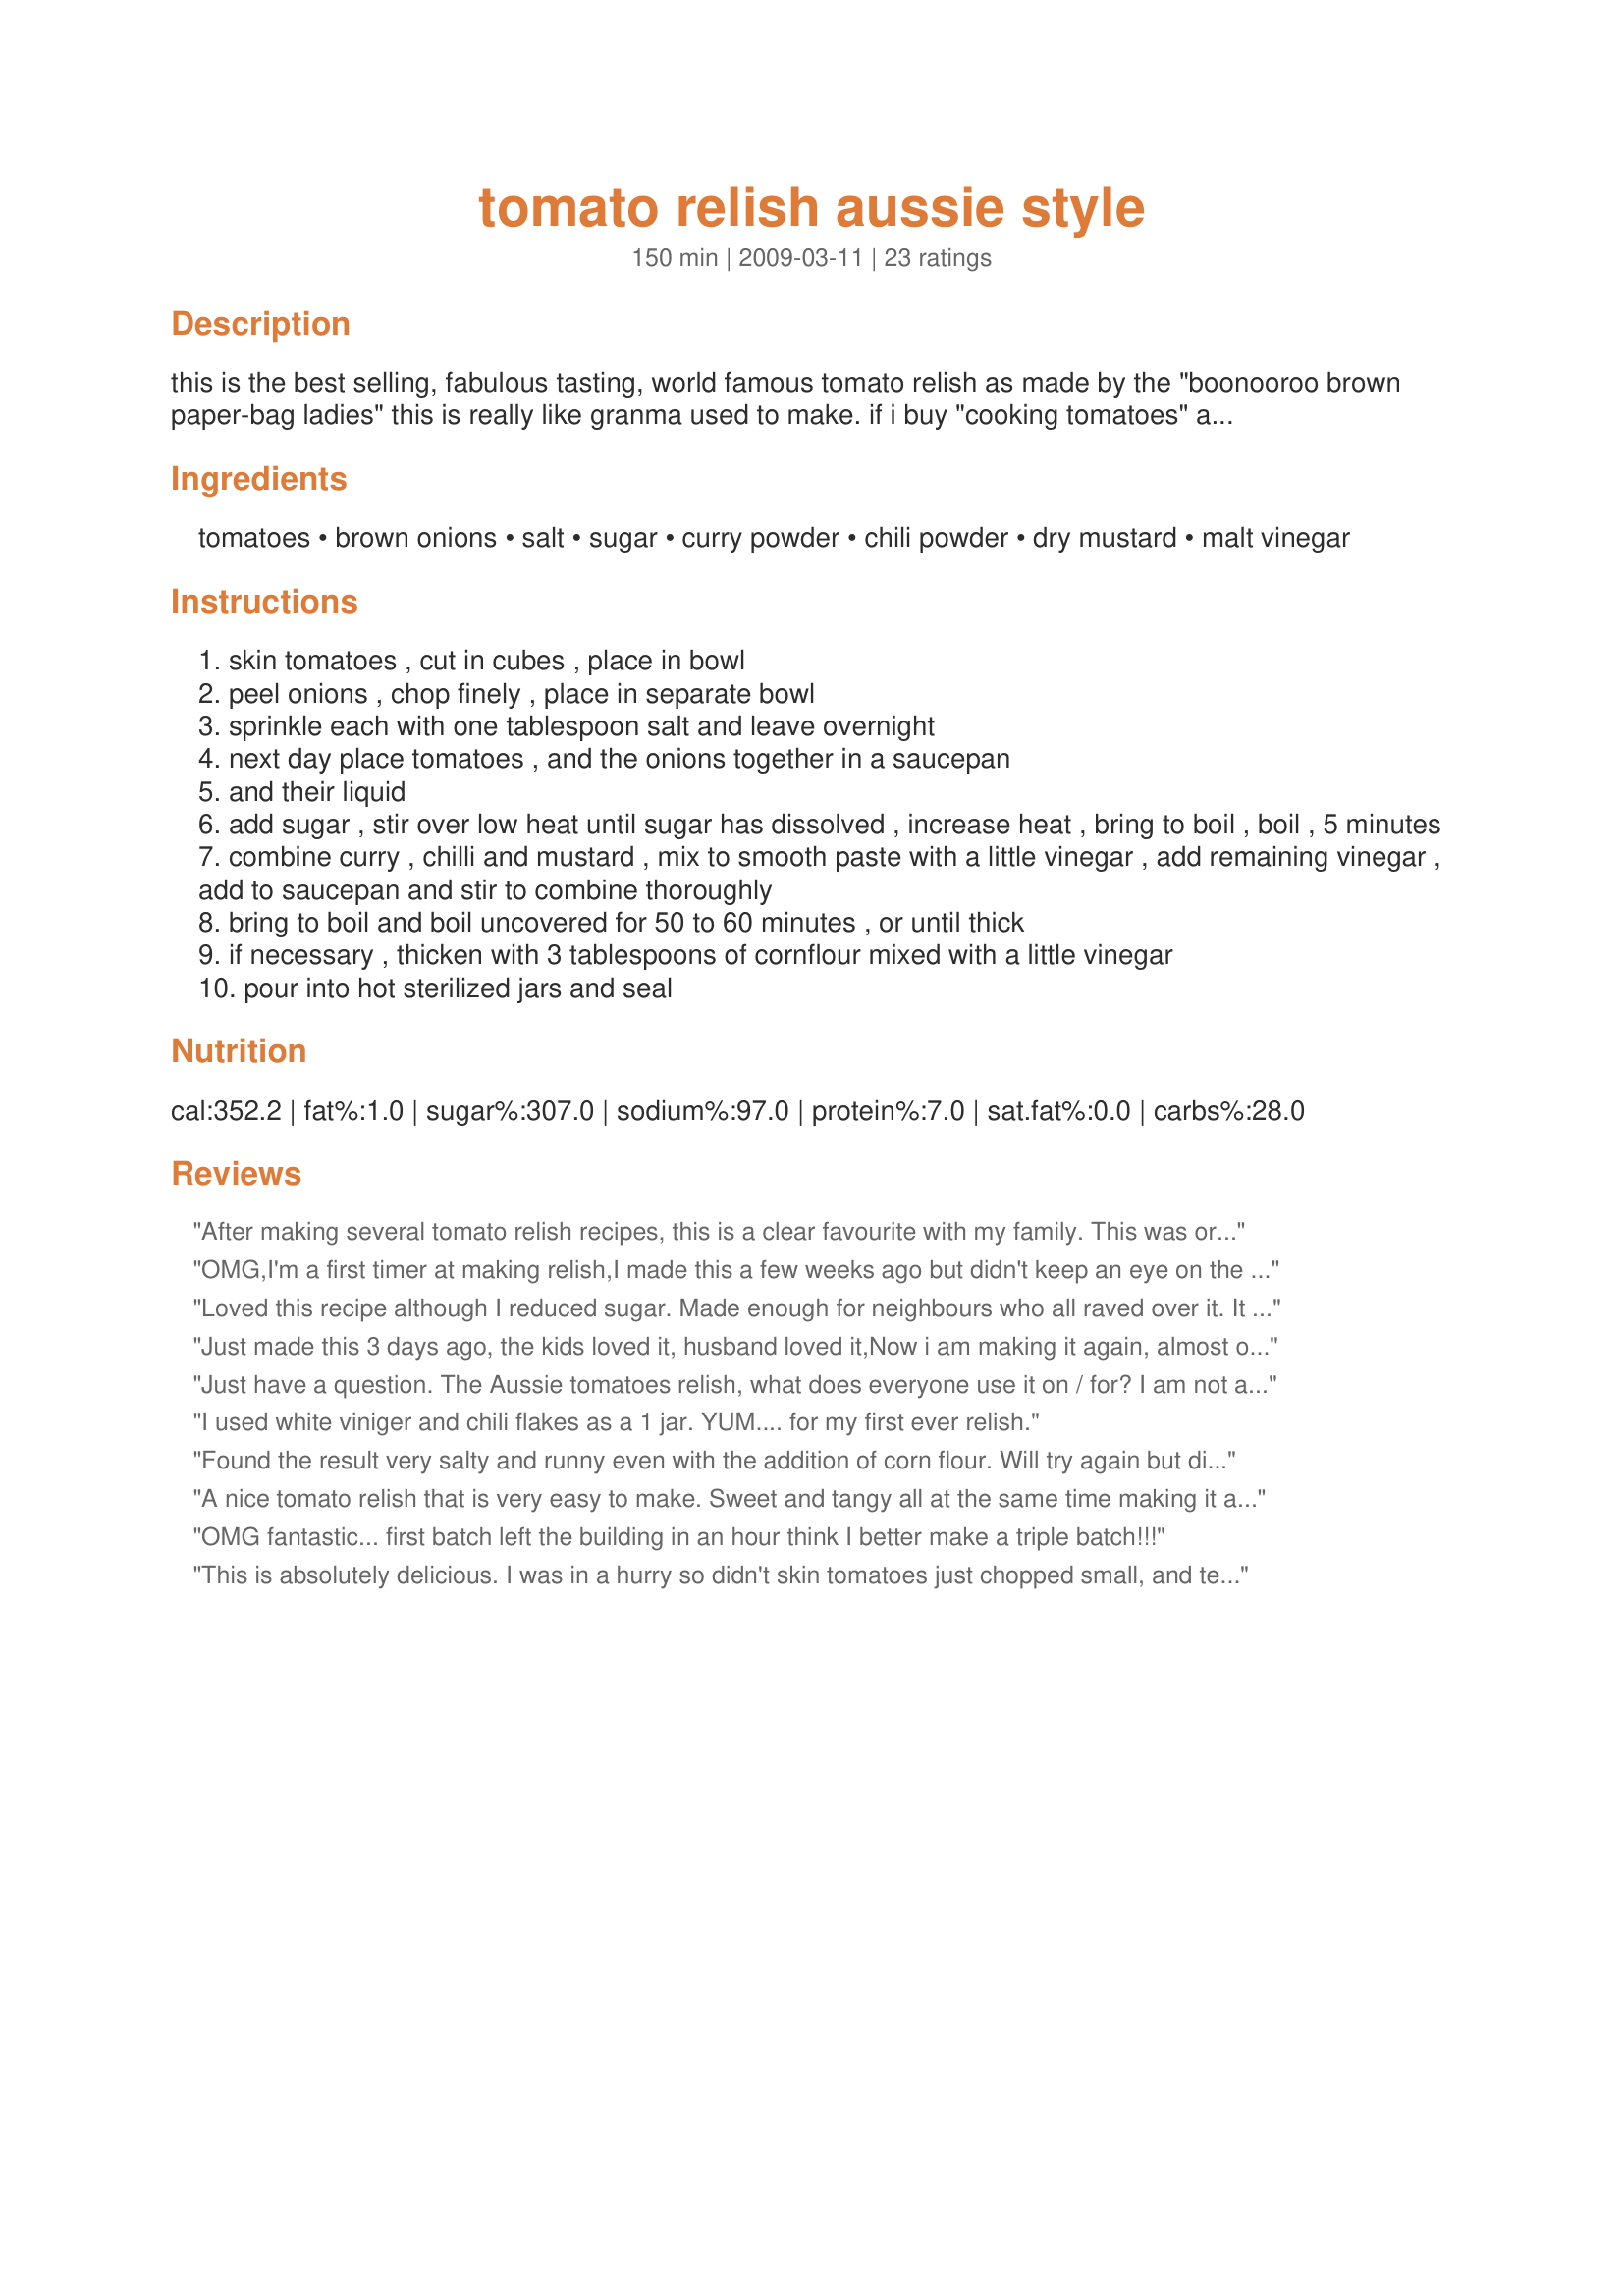
tomato relish aussie style
Preparation time: 150 minutes

this is the best selling, fabulous tasting, world famous
tomato relish as made by the "boonooroo brown paper-bag ladies"
this is really like granma used to make.

if i buy "cooking tomatoes" and they are very pale, i add a small tub of tomato paste.
you can add garlic, or herbs to this recipe, but i dont find it needs it.
i always double this recipe, cause i am constantly being asked for it :)
i use good quality brown vinegar, but the my fellow bag ladies use the generic stuff.

Ingredients:
tomatoes, brown onions, salt, sugar, curry powder, chili powder, dry mustard, malt vinegar

Steps:
skin tomatoes , cut in cubes , place in bowl
peel onions , chop finely , place in separate bowl
sprinkle each with one tablespoon salt and leave overnight
next day place tomatoes , and the onions together in a saucepan
and their liquid
add sugar , stir over low heat until sugar has dissolved , increase heat , bring to boil , boil , 5 minutes
combine curry , chilli and mustard , mix to smooth paste with a little vinegar , add remaining vinegar , add to saucepan and stir to combine thoroughly
bring to boil and boil uncovered for 50 to 60 minutes , or until thick
if necessary , thicken with 3 tablespoons of cornflour mixed with a little vinegar
pour into hot sterilized jars and seal

Reviews:
After making several tomato relish recipes, this is a clear favourite with my family. This was originally a way to use excess home grown tomatoes, now can&#039;t grow enough tomatoes to keep up with demand.
OMG,I'm a first timer at making relish,I made this a few weeks ago but didn't keep an eye on the boiling contents lol I could smell something burning,rescued my relish,smelt ok apart from the burnt bottom of the pot,it gave the relish a smokey b.b.q. taste,now I can't keep up with the demand from relos,for this relish,love it
Loved this recipe although I reduced sugar. Made enough for neighbours who all raved over it. It was a handy one to find as I had an over abundance of tomatoes this year.
Just made this 3 days ago, the kids loved it, husband loved it,Now i am making it again, almost out , they really did love it :)&lt;br/&gt;i didn&#039;t add thickener, i just reduced it until it was the thickness I wanted it&lt;br/&gt;I added a extra 1/4 tsp of chilli,it really was perfect&lt;br/&gt;Thankyou
Just have a question. The Aussie tomatoes relish, what does everyone use it on / for? I am not a tomato fan but I would like to try this.
Thank you!
I used white viniger and chili flakes as a 1 jar. YUM.... for my first ever relish.
Found the result very salty and runny even with the addition of corn flour. Will try again but discard the juices that result from overnight salting. This should make it less salty and thicker
A nice tomato relish that is very easy to make. Sweet and tangy all at the same time making it a nice side. Made as written cutting down to 2 jars. Read your note about adding tomato paste and wished I had some to add. Thanks for the post. Updating my review from a four star to a five star because DH liked so well he asked to take as part of his lunch. Will make again and add tomato paste. Thanks again.
OMG fantastic... first batch left the building in an hour think I better make a triple batch!!!
This is absolutely delicious. I was in a hurry so didn't skin tomatoes just chopped small, and texture was great. I substituted 1 cup of lemon juice for the two cups of vinegar and worked well. Another triple batch is in the works. :) Thanks for the recipe!
I Give This Recipe At Least 5 Stars. I have Brought Pickles, Relish, Ect From All Over The Country At Markets, Stalls Ect. And Paid Top Dollar. But Not Any More. This Is The Best Relish me And My Whole family Have Ever Tried. I have Made 5 double Lots So far. And They All Went Just Like That.. Congrats mummamills For A Fantastic Recipe. Its About Time Someone did. Cheers Chris &amp; Candy Smart.
I have to do this one!
Well just like to say this is an excellent recipe for relish...delicious with a bit of spice & tang...didn't have malt vinegar so used white vinegar instead...will try the malt next time...thanks so much to you & the other ladies for this recipe.
Followed the recipe apart form the sugar, which I only used one cup and it was delicious. A good blend of savory, sweet and acidic Will definitely use this recipe again
Are you able to use tin tomatoes for this recipe as the fresh tomatoes available to us are not ripe or very nice?
Absolutely 5 stars for this. Absolutely love this recipe. Have made heaps and will keep making it until i run out tomatoes in the garden. Can&#039;t get enough of it. Thank you!! :)
Perfect,no tweeking required.As a kid i used to visit family friends on a sheep farm.`Aunty` Joan would make cold lamb and tomato relish sandwiches that we all loved.Aunty Joan passed away a long time ago,before i got interested in cooking,so i never got her recipe.I would always buy tomato pickles, tomato chuckney and tomato relish trying to find the one that was like hers but none were quit righ. Until now.Thankyou very much
This is great way of saving surplus tomatoes. I am sure this will be very good this winter on all kinds of proteins and sandwiches. Thanks for sharing.
Very easy to make! I didn't have any malt vinegar, so I used cider vinegar. I also used vidalia onions to make this. I don't like tomatoes, but I like this. It has a very nice sweet flavor.
Fabulous! Really easy to make, especially as I only roughly chopped the tomatoes and then mashed them down during cooking (the children like it mushier). As I usually do with foods like this, for my second batch I made some adaptations to make it my own. I threw in about 100g finely chopped sun-dried tomatoes (really dried, not in oil); substituted soft light brown sugar for about half the sugar quantity; used 50% red wine vinegar; added another generous teaspoon of chilli powder and thickened it with tomato powder instead of cornflour. The result was a relish with a deeper red colour and a more adult depth of flavour and kick. Also fabulous, if I do say so myself!
I was looking for a relish recipe as had lots of tomatoes from the garden, so glad I found this one, I made 1 jar to see how it tasted and it is fabulous, love it, left out mustard as hubby doesn't like it and added some fresh basil and parsley, will definately make more.
Delicious,I made it to the exact recipe the first time,but found it a bit sweet,so my second batch I put in half the sugar-perfect.i also added fresh basil,used whole grain mustard and fresh chillies,Devine thank u
Can't believe no one has rated this, it is so good, not just because your my Mum.
